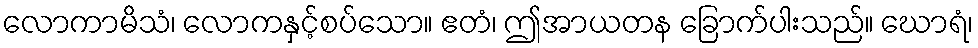
လောကာမိသံ၊ လောကနှင့်စပ်သော။ ဧတံ၊ ဤအာယတန ခြောက်ပါးသည်။ ဃောရံ၊